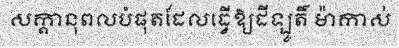
សក្តានុពលបំផុតដែលធ្វើឱ្យដីឡូតិ៍ ម៉ាកាស់